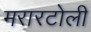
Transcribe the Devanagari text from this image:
मरारटोली